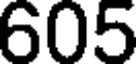
605